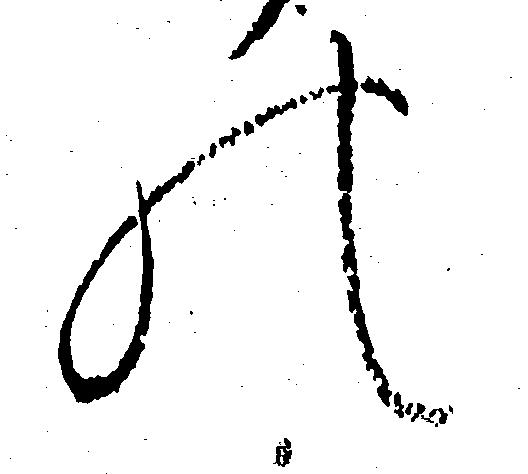
の